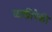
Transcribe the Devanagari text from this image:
व्यक्तीपैकी